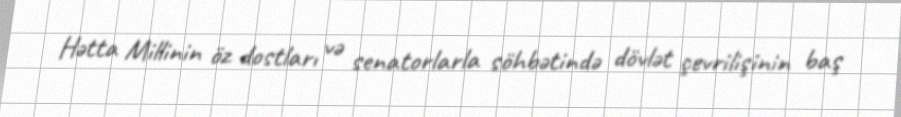
Hətta Millinin öz dostları və senatorlarla söhbətində dövlət çevrilişinin baş